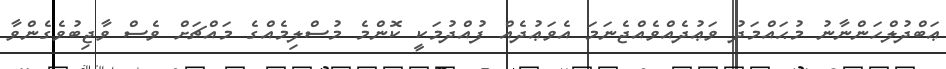
ޢަބްދުލްހަންނާނު މުޙައްމަދު ވަޢުދެއްވެއްޖެނަމަ އެވަޢުދެއް ފުއްދުމަކީ ކޮންމެ މުސްލިމެއްގެ މައްޗަށް ވެސް ވާޖިބުވެގެންވާ